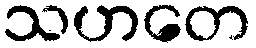
သဟတေ